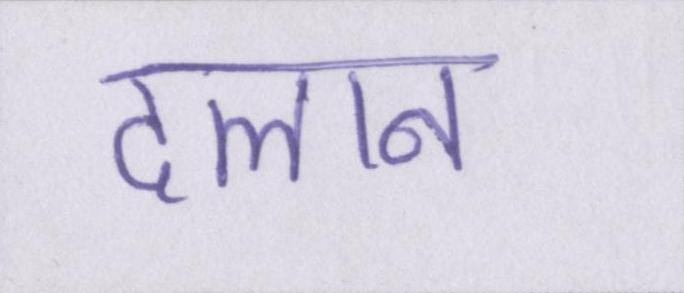
दलान